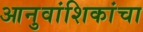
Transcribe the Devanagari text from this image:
आनुवांशिकांचा